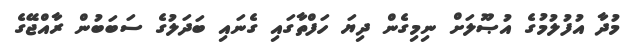
މުދާ އުފުލުމުގެ އުޞޫލަށް ނިމިގެން ދިޔަ ހަފްތާގައި ގެނައި ބަދަލުގެ ސަބަބުން ރާއްޖޭގެ